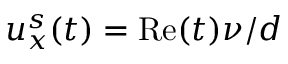
u _ { x } ^ { s } ( t ) = \mathrm { R e } ( t ) \nu / d